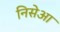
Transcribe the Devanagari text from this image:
निसेआ